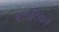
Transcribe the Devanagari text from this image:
वात्रटिकेचे